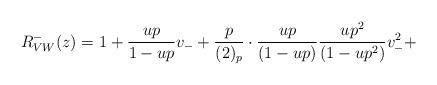
\begin{align*}R^-_{VW}(z) =1+\frac{up}{1-up}v_-+\frac{p}{(2)_p}\cdot\frac{up}{(1-up)}\frac{up^2}{(1-up^2)}v_-^2+\end{align*}